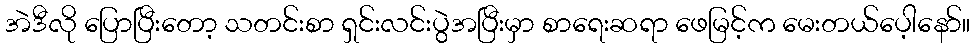
အဲဒီလို ပြောပြီးတော့ သတင်းစာ ရှင်းလင်းပွဲအပြီးမှာ စာရေးဆရာ ဖေမြင့်က မေးတယ်ပေ့ါနော်။